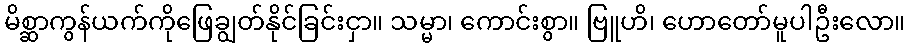
မိစ္ဆာကွန်ယက်ကိုဖြေချွတ်နိုင်ခြင်းငှာ။ သမ္မာ၊ ကောင်းစွာ။ ဗြူဟိ၊ ဟောတော်မူပါဦးလော။